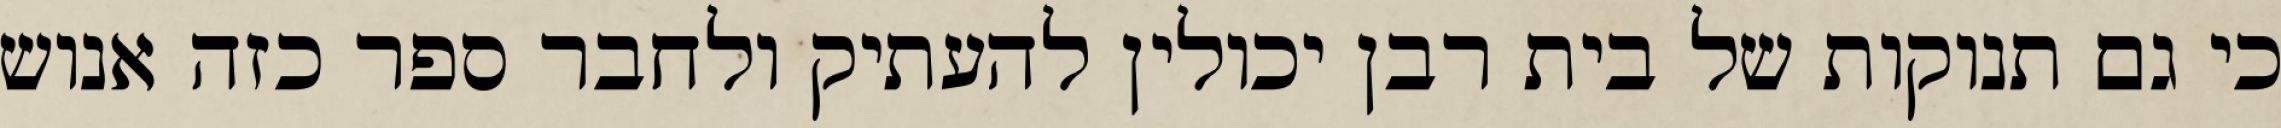
כי גם תנוקות של בית רבן יכולין להעתיק ולחבר ספר כזה אנוש